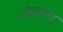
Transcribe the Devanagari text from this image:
अन्‍हद